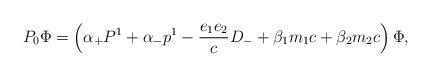
LaTeX: \begin{align*}P_0 {\Phi} = \left( {\alpha}_{+} P^1 + {\alpha}_{-} p^1 - \frac{e_1e_2}{c} D_{-} + {\beta}_1 m_1 c +{\beta}_2 m_2 c \right) {\Phi},\end{align*}